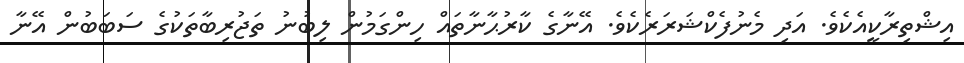
އިޝްތިރާކީއެކެވެ. އަދި މެނުފެކްޝަރަރެކެވެ. އޭނާގެ ކާރުޙާނާތައް ހިންގަމުން ލިބުނު ތަޖުރިބާތަކުގެ ސަބަބުން އޭނާ